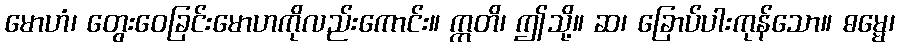
မောဟံ၊ တွေးဝေခြင်းမောဟကိုလည်းကောင်း။ ဣတိ၊ ဤသို့။ ဆ၊ ခြောပ်ပါးကုန်သော။ ဓမ္မေ၊